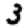
Digit: 3